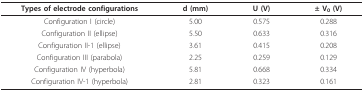
<table><thead><tr><td><b>Types of electrode configurations</b></td><td><b>d (mm)</b></td><td><b>U (V)</b></td><td><b>± V<sub>0 </sub>(V)</b></td></tr></thead><tbody><tr><td>Configuration I (circle)</td><td>5.00</td><td>0.575</td><td>0.288</td></tr><tr><td>Configuration II (ellipse)</td><td>5.50</td><td>0.633</td><td>0.316</td></tr><tr><td>Configuration II-1 (ellipse)</td><td>3.61</td><td>0.415</td><td>0.208</td></tr><tr><td>Configuration III (parabola)</td><td>2.25</td><td>0.259</td><td>0.129</td></tr><tr><td>Configuration IV (hyperbola)</td><td>5.81</td><td>0.668</td><td>0.334</td></tr><tr><td>Configuration IV-1 (hyperbola)</td><td>2.81</td><td>0.323</td><td>0.161</td></tr></tbody></table>